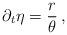
LaTeX: \begin{align*}\partial_t \eta =\frac{r}{\theta} \, ,\end{align*}